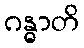
ဂန္ဓာတိ